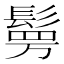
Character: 𮫉